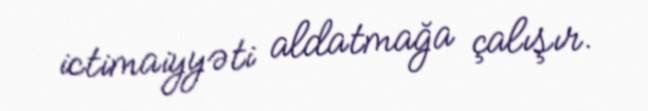
ictimaiyyəti aldatmağa çalışır.